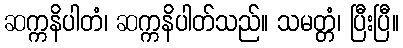
ဆက္ကနိပါတံ၊ ဆက္ကနိပါတ်သည်။ သမတ္တံ၊ ပြီးပြီ။